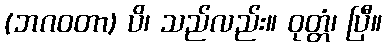
(ဘဂဝတာ) ပိ၊ သည်လည်း။ ဝုတ္တံ၊ ပြီ။